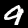
Label: 9